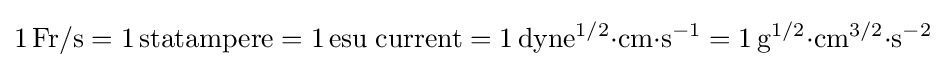
\mathrm {1\,Fr/s=1\,statampere=1\,esu\;current=1\,dyne^{1/2}{\cdot }cm{\cdot }s^{-1}=1\,g^{1/2}{\cdot }cm^{3/2}{\cdot }s^{-2}}